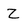
Character: Z